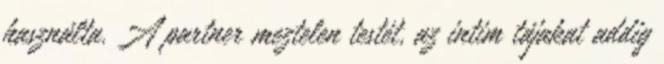
használta. A partner meztelen testét, az intim tájakat addig